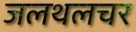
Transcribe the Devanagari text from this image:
जलथलचर